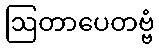
ဩတာပေတဗ္ဗံ